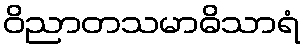
ဝိညာတသမာဓိသာရံ